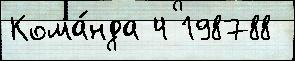
Кома́нда 4 198788